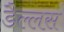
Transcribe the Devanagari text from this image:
डैल्लस